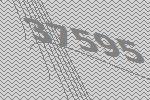
37595